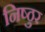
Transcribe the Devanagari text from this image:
निष्‍ठुर